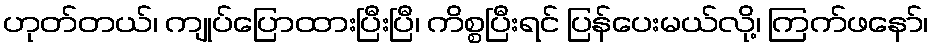
ဟုတ်တယ်၊ ကျုပ်ပြောထားပြီးပြီ၊ ကိစ္စပြီးရင် ပြန်ပေးမယ်လို့၊ ကြက်ဖနော်၊